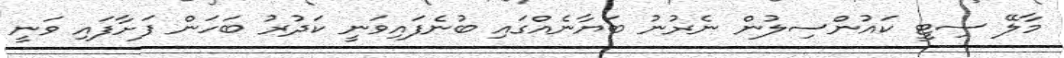
މާލޭ ސިޓީ ކައުންސިލުން ނެރުނު ބަޔާނެއްގައި ބުނެފައިވަނީ ކަދުރު ބަހަން ފަށާފައި ވަނީ